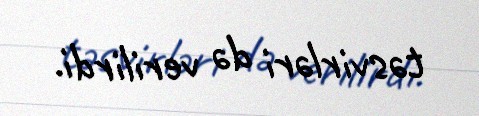
təsvirləri də verilirdi.